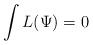
LaTeX: \begin{align*}\int L(\Psi)=0\end{align*}